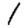
Digit: 1